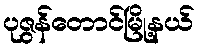
ပုဇွန်တောင်မြို့နယ်